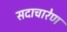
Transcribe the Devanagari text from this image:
सदाचारेण